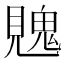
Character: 𮗙